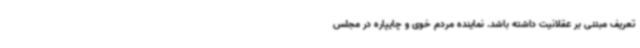
تعریف مبتنی بر عقلانیت داشته باشد. نماینده مردم خوی و چایپاره در مجلس